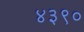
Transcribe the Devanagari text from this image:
४३९०